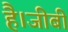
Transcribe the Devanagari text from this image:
है।जीबी